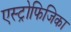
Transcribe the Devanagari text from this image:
एस्ट्रोफिजिका